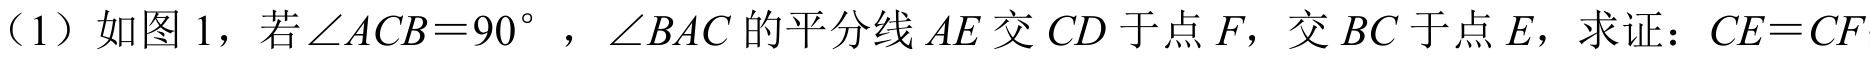
（1）如图 1，若\(\angle ACB = 90^{\circ}\)，\(\angle BAC\)的平分线 \(AE\) 交 \(CD\) 于点 \(F\)，交 \(BC\) 于点 \(E\)，求证：\(CE = CF\)